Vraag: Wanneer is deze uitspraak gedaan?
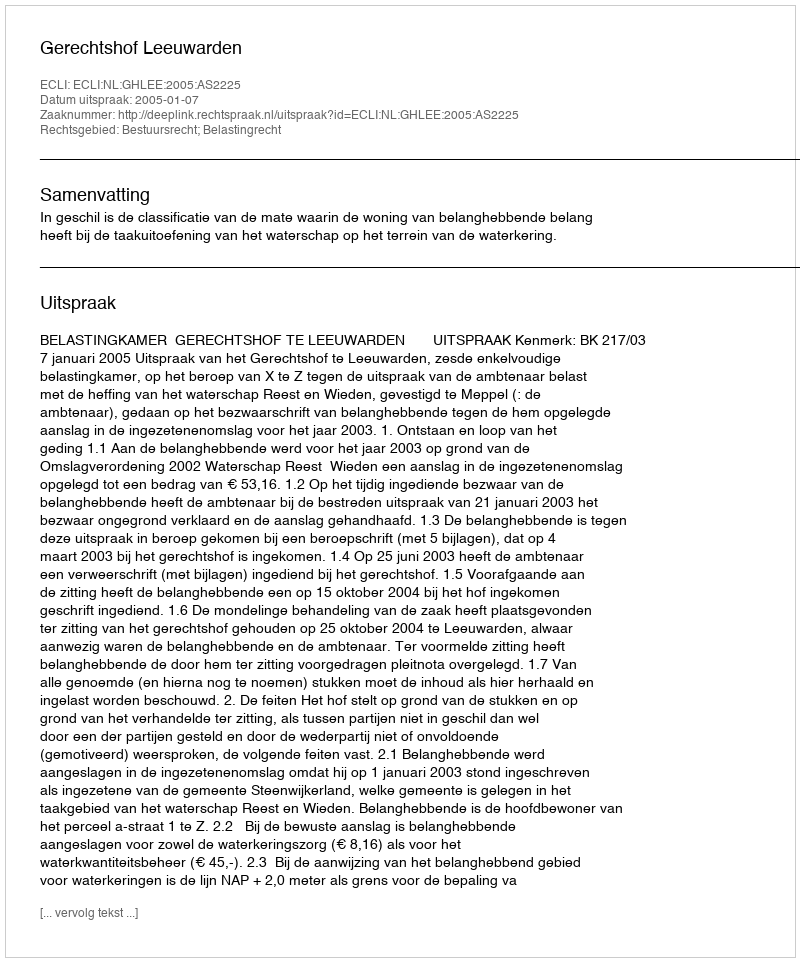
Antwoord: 2005-01-07